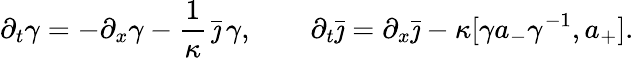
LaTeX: \partial_{t}\gamma=-\partial_{x}\gamma-\frac{1}{\kappa}\, \bar{\jmath}\, \gamma,\qquad\partial_{t}\bar{\jmath}=\partial_{x}\bar{\jmath}-\kappa[\gamma a_{-}\gamma^{-1},a_{+}].